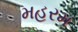
મહરમ